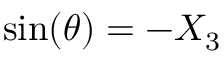
\sin ( \theta ) = - X _ { 3 }